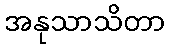
အနုသာသိတာ